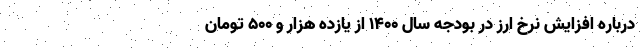
درباره افزایش نرخ ارز در بودجه سال ۱۴۰۰ از یازده هزار و ۵۰۰ تومان